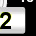
Digit: 2